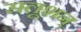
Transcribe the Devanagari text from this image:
सलूशन्